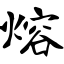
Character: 熔